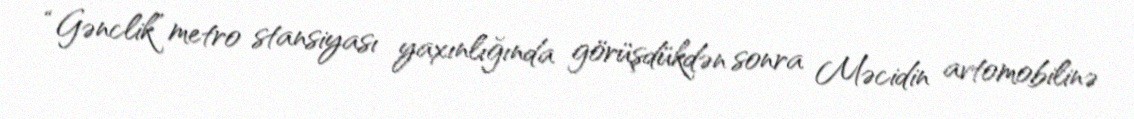
“Gənclik” metro stansiyası yaxınlığında görüşdükdən sonra Məcidin avtomobilinə